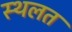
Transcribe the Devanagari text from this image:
स्थलत